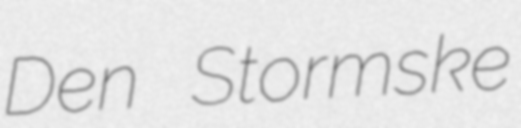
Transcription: Den Stormske